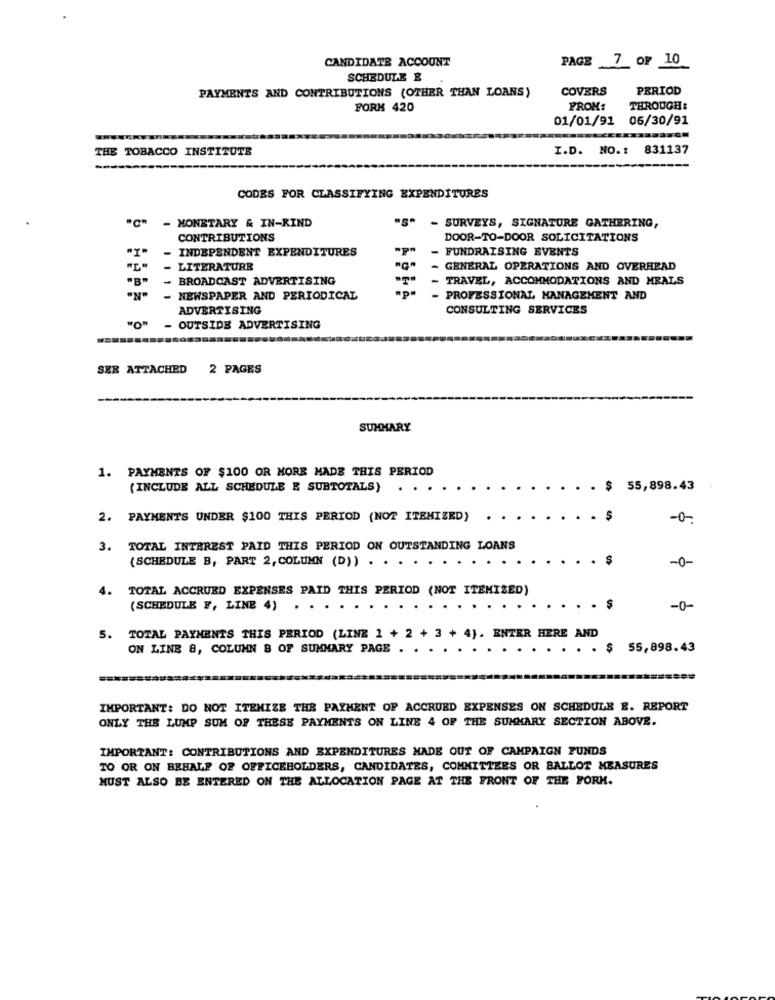
CANDIDATE ACCOUNT
PAGE 7 OF 10
SCHEDULE &
PAYMENTS AND CONTRIBUTIONS (OTHER THAN LOANS)
COVERS
PERIOD
FORK 420
FROM:
THROUGH:
01/01/91 06/30/91
THE TOBACCO INSTITUTE
I.D. NO. 1
831137
CODES FOR CLASSIFYING EXPENDITURES
- MONETARY & IN-RIND
- SURVEYS, SIGNATURE GATHERING,
CONTRIBUTIONS
DOOR-TO-DOOR SOLICITATIONS
- INDEPENDENT EXPENDITURES
- FUNDRAISING EVENTS
LITERATURE
GENERAL OPERATIONS AND OVERHEAD
BROADCAST ADVERTISING
TRAVEL, ACCOMMODATIONS AND MEALS
- NEWSPAPER AND PERIODICAL
PROFESSIONAL MANAGEMENT AND
ADVERTISING
CONSULTING SERVICES
"O"
- OUTSIDE ADVERTISING
SER ATTACHED
2 PAGES
SUMMARY
1. PAYMENTS OF $100 OR MORE MADE THIS PERIOD
(INCLUDE ALL SCHEDULE E SUBTOTALS)
$ 55,898.43
2. PAYMENTS UNDER $100 THIS PERIOD (NOT ITEMIZED)
-0-
3.
TOTAL INTEREST PAID THIS PERIOD ON OUTSTANDING LOANS
(SCHEDULE B, PART 2, COLUMN (D)) . . .
-0-
4. TOTAL ACCRUED EXPENSES PAID THIS PERIOD (NOT ITEMIZED)
(SCHEDULE F, LINE 4)
...
. .
-0-
5. TOTAL PAYMENTS THIS PERIOD (LINE 1 + 2 + 3 + 4). ENTER HERE AND
ON LINE 8, COLUMN B OF SUMMARY PAGE
. $
55,898.43
IMPORTANT: DO NOT ITEMIZE THE PAYMENT OF ACCRUED EXPENSES ON SCHEDULE E. REPORT
ONLY THE LUMP SUM OF THESE PAYMENTS ON LINE 4 OF THE SUMMARY SECTION ABOVE.
IMPORTANT: CONTRIBUTIONS AND EXPENDITURES MADE OUT OF CAMPAIGN FUNDS
TO OR ON BEHALF OF OFFICEHOLDERS, CANDIDATES, COMMITTEES OR BALLOT MEASURES
MUST ALSO BE ENTERED ON THE ALLOCATION PAGE AT THE FRONT OF THE FORM.